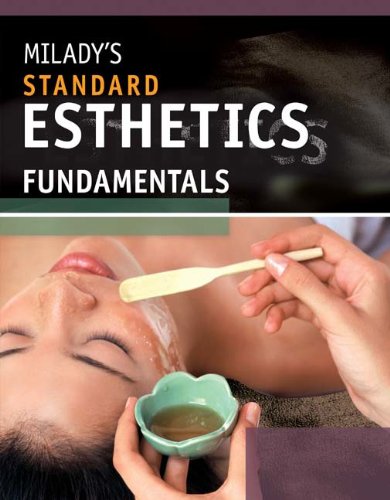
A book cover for Milady's Standard Esthetics: Fundamentals; Joel Gerson; Health, Fitness & Dieting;